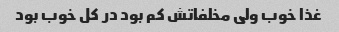
غذا خوب ولی مخلفاتش کم بود در کل خوب بود